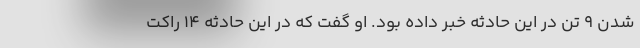
شدن ۹ تن در این حادثه خبر داده بود. او گفت که در این حادثه ۱۴ راکت